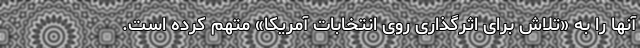
آنها را به «تلاش برای اثرگذاری روی انتخابات آمریکا» متهم کرده است.